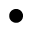
\bullet